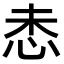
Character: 𫹻